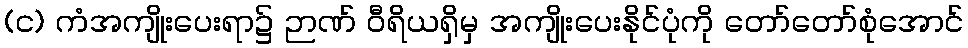
(င) ကံအကျိုးပေးရာ၌ ဉာဏ် ဝီရိယရှိမှ အကျိုးပေးနိုင်ပုံကို တော်တော်စုံအောင်